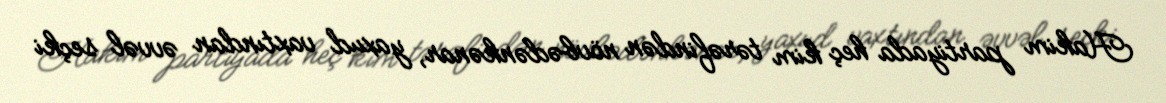
Hakim partiyada heç kim tərəfindən növbədənkənar, yaxud vaxtından əvvəl seçki